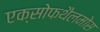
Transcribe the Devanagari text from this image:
एक्सोफथैलमोस